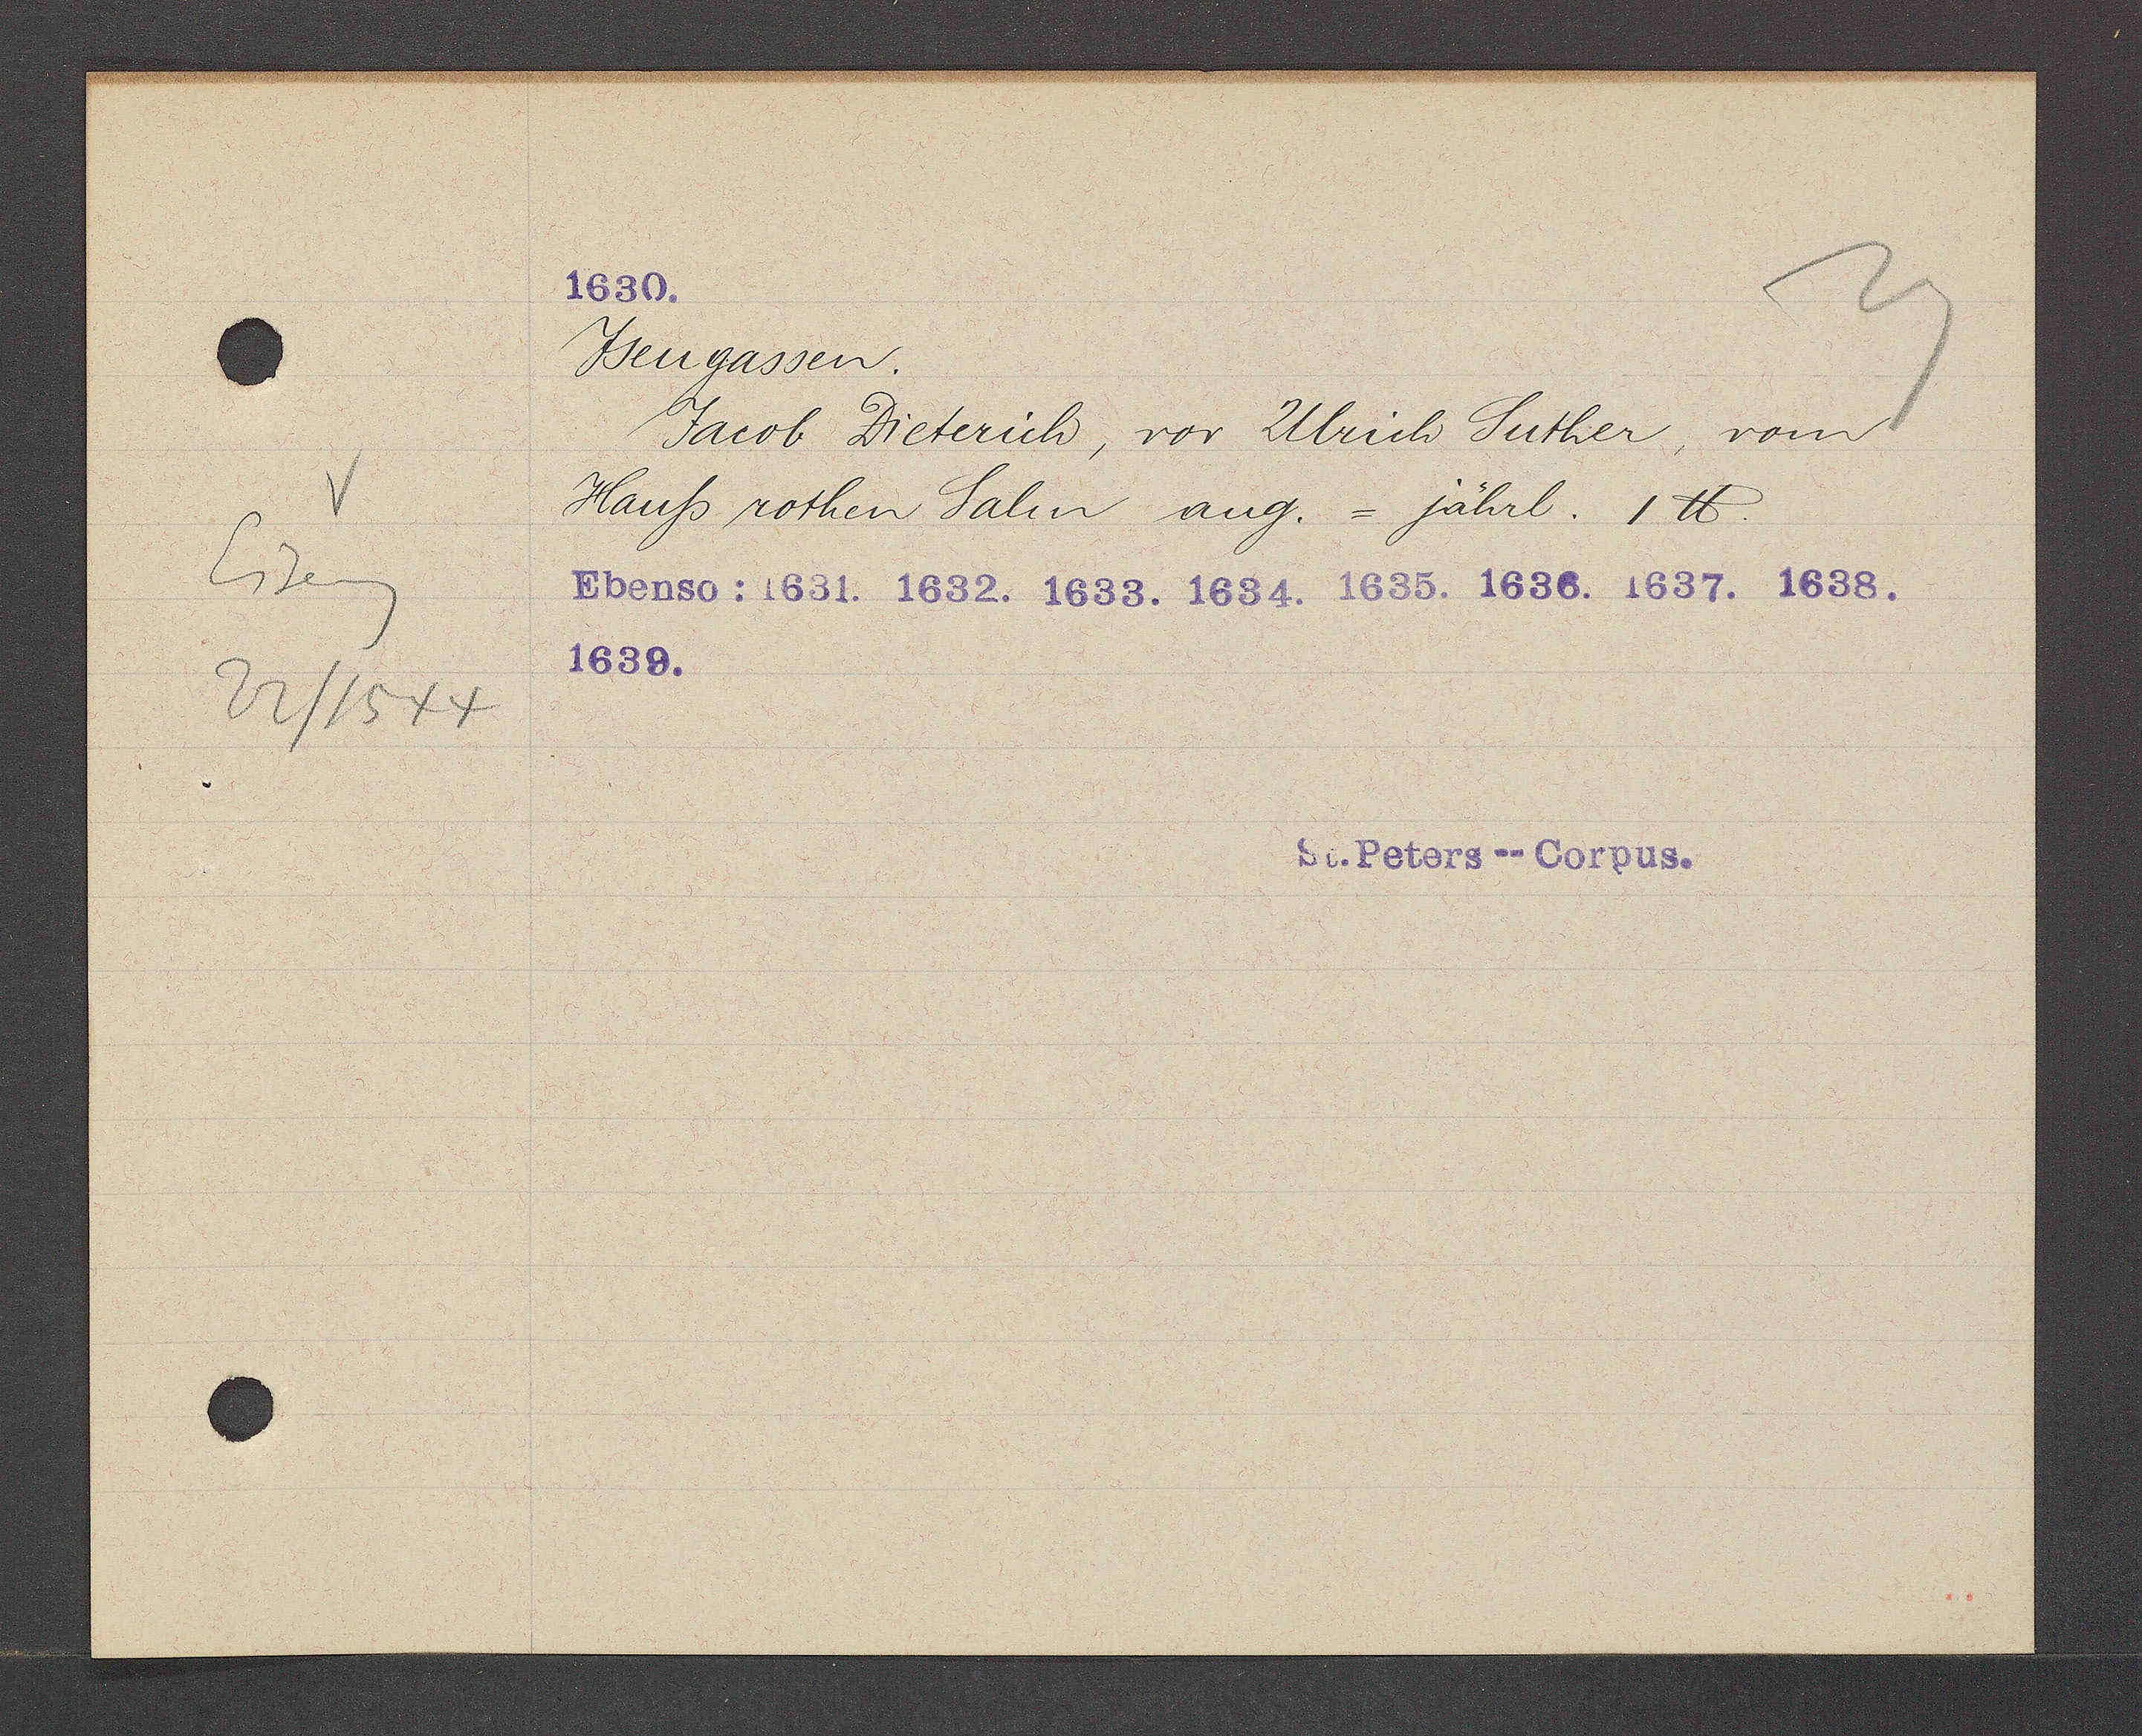
Transcript:
Eiseng
22/1544

Ysengassen
Jacob Dieterich, vor Ulrich Suther, vom
Hauss rothen Salin ang. = jährl. 1℔.